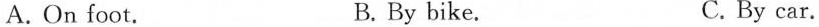
A.On foot. B. By bike. C. By car.